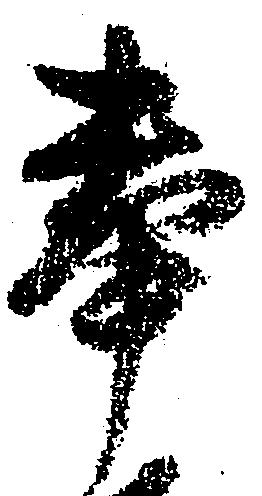
奉